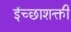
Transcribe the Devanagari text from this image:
ईच्छाशक्ती